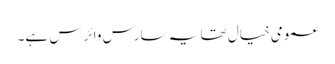
عمومی خیال تھا یہ سارس وائرس ہے۔